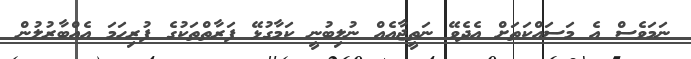
ނަމަވެސް އެ މަސައްކަތަށް އެދެވޭ ނަތީޖާއެއް ނުލިބުނީ ކަމާގުޅޭ ފަރާތްތަކުގެ ފުރިހަމަ އެއްބާރުލުން